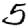
Digit: 5